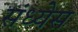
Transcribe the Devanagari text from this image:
संध्येस